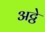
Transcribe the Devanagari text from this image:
अट्ठे